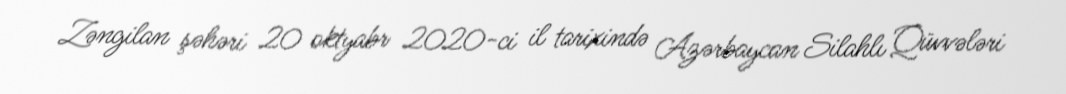
Zəngilan şəhəri 20 oktyabr 2020-ci il tarixində Azərbaycan Silahlı Qüvvələri